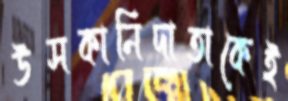
উসকানিদাতাকেই